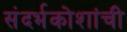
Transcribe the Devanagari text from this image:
संदर्भकोशांची